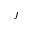
j